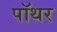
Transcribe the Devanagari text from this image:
पॉथर